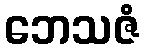
ဘေသဇံ